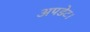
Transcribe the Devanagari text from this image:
अपडेट।